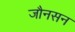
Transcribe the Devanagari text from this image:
जौनसन